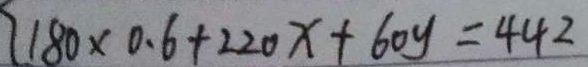
1 8 0 \times 0 . 6 + 2 2 0 x + 6 0 y = 4 4 2